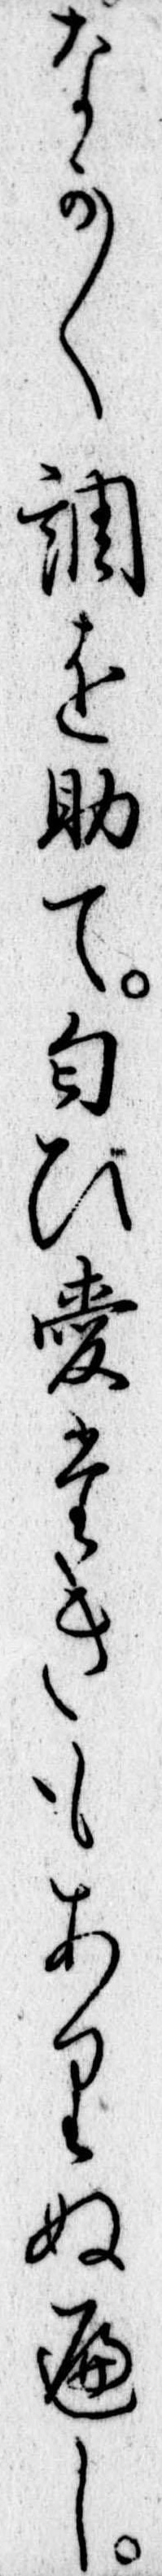
なか〱調を助て匂ひ愛たきもありぬへし